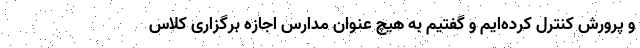
و پرورش کنترل کرده‌ایم و گفتیم به هیچ عنوان مدارس اجازه برگزاری کلاس